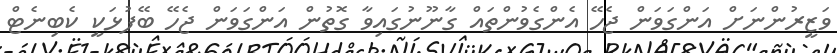
ވަޒީރުންނަށް އަންގަވަން ޖެހޭ އެންގެވުންތައް ގާނޫނުގައިވާ ގޮތުން އަންގަވަން ޖެހޭ ބޭފުޅަކީ ކެބިނެޓް